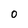
Character: 0